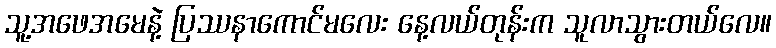
သူ့အဖေအမေနဲ့ ပြဿနာကောင်မလေး နေ့လယ်တုန်းက သူလာသွားတယ်လေ။